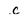
Character: c